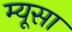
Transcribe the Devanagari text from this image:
म्यूसा